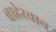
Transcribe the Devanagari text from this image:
बाहेरचाच